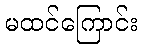
မထင်ကြောင်း